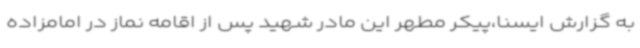
به گزارش ایسنا،پیکر مطهر این مادر شهید پس از اقامه نماز در امامزاده